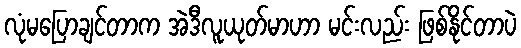
လုံမပြောချင်တာက အဲဒီလူယုတ်မာဟာ မင်းလည်း ဖြစ်နိုင်တာပဲ